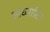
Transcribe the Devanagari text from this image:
आध्जारित